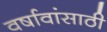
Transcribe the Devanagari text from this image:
वर्षावांसाठी